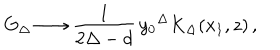
LaTeX: G _ { \Delta } \longrightarrow \frac { 1 } { 2 \Delta - d } \, { y _ { 0 } } ^ { \Delta } K _ { \Delta } ( x _ { 1 } , z ) \, ,